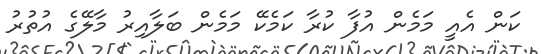
ކަން އެއީ މަމެން އުފާ ކުރާ ކަމެކޭ މަމެން ބަލާއިރު މާލޭގެ އުތުރު